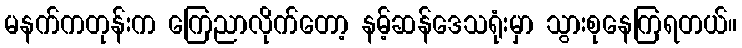
မနက်ကတုန်းက ကြေညာလိုက်တော့ နမ့်ဆန်ဒေသရုံးမှာ သွားစုနေကြရတယ်။